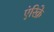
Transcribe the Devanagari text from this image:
एंरिक़े